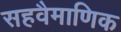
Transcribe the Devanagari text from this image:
सहवैमाणिक